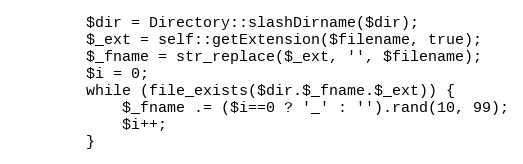
Language: PHP
        $dir = Directory::slashDirname($dir);
        $_ext = self::getExtension($filename, true);
        $_fname = str_replace($_ext, '', $filename);
        $i = 0;
        while (file_exists($dir.$_fname.$_ext)) {
            $_fname .= ($i==0 ? '_' : '').rand(10, 99);
            $i++;
        }